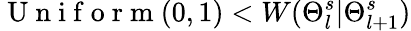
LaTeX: \mathrm{~U~n~i~f~o~r~m~}(0,1)<W(\Theta_{l}^{s}|\Theta_{l+1}^{s})